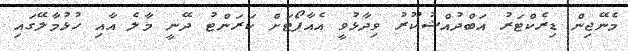
މެނޭޖިން ޑިރެކްޓަރު އަބްދުއްޝުކޫރު ވިދާޅުވީ އެއާޕޯޓަށް ކަރަންޓު ދޭނީ މާލެ އާއި ހުޅުމާލޭގައި